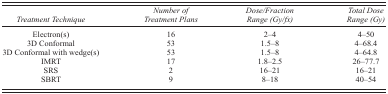
<table><thead><tr><td><b><i>Treatment Technique</i></b></td><td><b><i>Number of Treatment Plans</i></b></td><td><b><i>Dose/Fraction Range (Gy/fx)</i></b></td><td><b><i>Total Dose Range (Gy)</i></b></td></tr></thead><tbody><tr><td>Electron(s)</td><td>16</td><td>2–4</td><td>4–50</td></tr><tr><td>3D Conformal</td><td>53</td><td>1.5–8</td><td>4–68.4</td></tr><tr><td>3D Conformal with wedge(s)</td><td>53</td><td>1.5–8</td><td>4–64.8</td></tr><tr><td>IMRT</td><td>17</td><td>1.8–2.5</td><td>26–77.7</td></tr><tr><td>SRS</td><td>2</td><td>16–21</td><td>16–21</td></tr><tr><td>SBRT</td><td>9</td><td>8–18</td><td>40–54</td></tr></tbody></table>